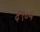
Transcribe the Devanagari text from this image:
६९०५